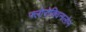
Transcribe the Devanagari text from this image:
फ्लोरोक्विनालोन